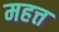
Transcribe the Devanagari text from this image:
महत्त